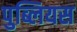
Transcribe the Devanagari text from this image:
पुब्लियस